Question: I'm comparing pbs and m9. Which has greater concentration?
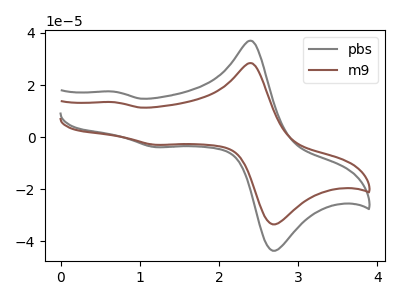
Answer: <think>The gray curve "pbs" has anodic peaks at (2.40V, 36.95uA) (0.70V, 17.45uA) and cathodic peaks at (2.75V, -43.15uA) (1.20V, -3.85uA). The brown curve "m9" has anodic peaks at (2.40V, 28.35uA) (0.70V, 13.40uA) and cathodic peaks at (2.75V, -33.15uA) (1.20V, -2.95uA).
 All the peaks in "pbs" have a peak in "m9" at the same potential. Every peak in "pbs" is higher than every peak in "m9".</think>
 <answer>"pbs" has more signal than "m9" and so likely has a higher concentration.</answer>
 <eval>more_concentration</eval>